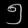
Digit: ၅